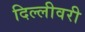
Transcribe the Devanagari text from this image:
दिल्लीवरी